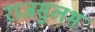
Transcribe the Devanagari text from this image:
राजसुलभ